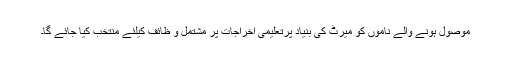
موصول ہونے والے ناموں کو میرٹ کی بنیاد پرتعلیمی اخراجات پر مشتمل و ظائف کیلئے منتخب کیا جائے گا۔